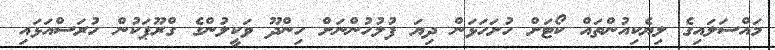
މައްސަލައިގެ ލިޔެކިއުންތައް ކޯޓަށް ހުށަހަޅަން ދިޔަ ފުލުހުންނަށް ހިންދޫ ވަކީލުންގެ ގްރޫޕަކުން ހުރަސްއަޅައި